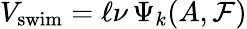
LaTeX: V_{\mathrm{swim}}=\ell\nu\, \Psi_{k}(A,\mathcal{F})